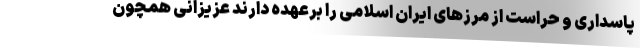
پاسداری و حراست از مرزهای ایران اسلامی را برعهده دارند عزیزانی همچون